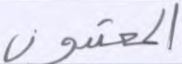
المعتدون